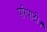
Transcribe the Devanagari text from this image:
परिपाटी।